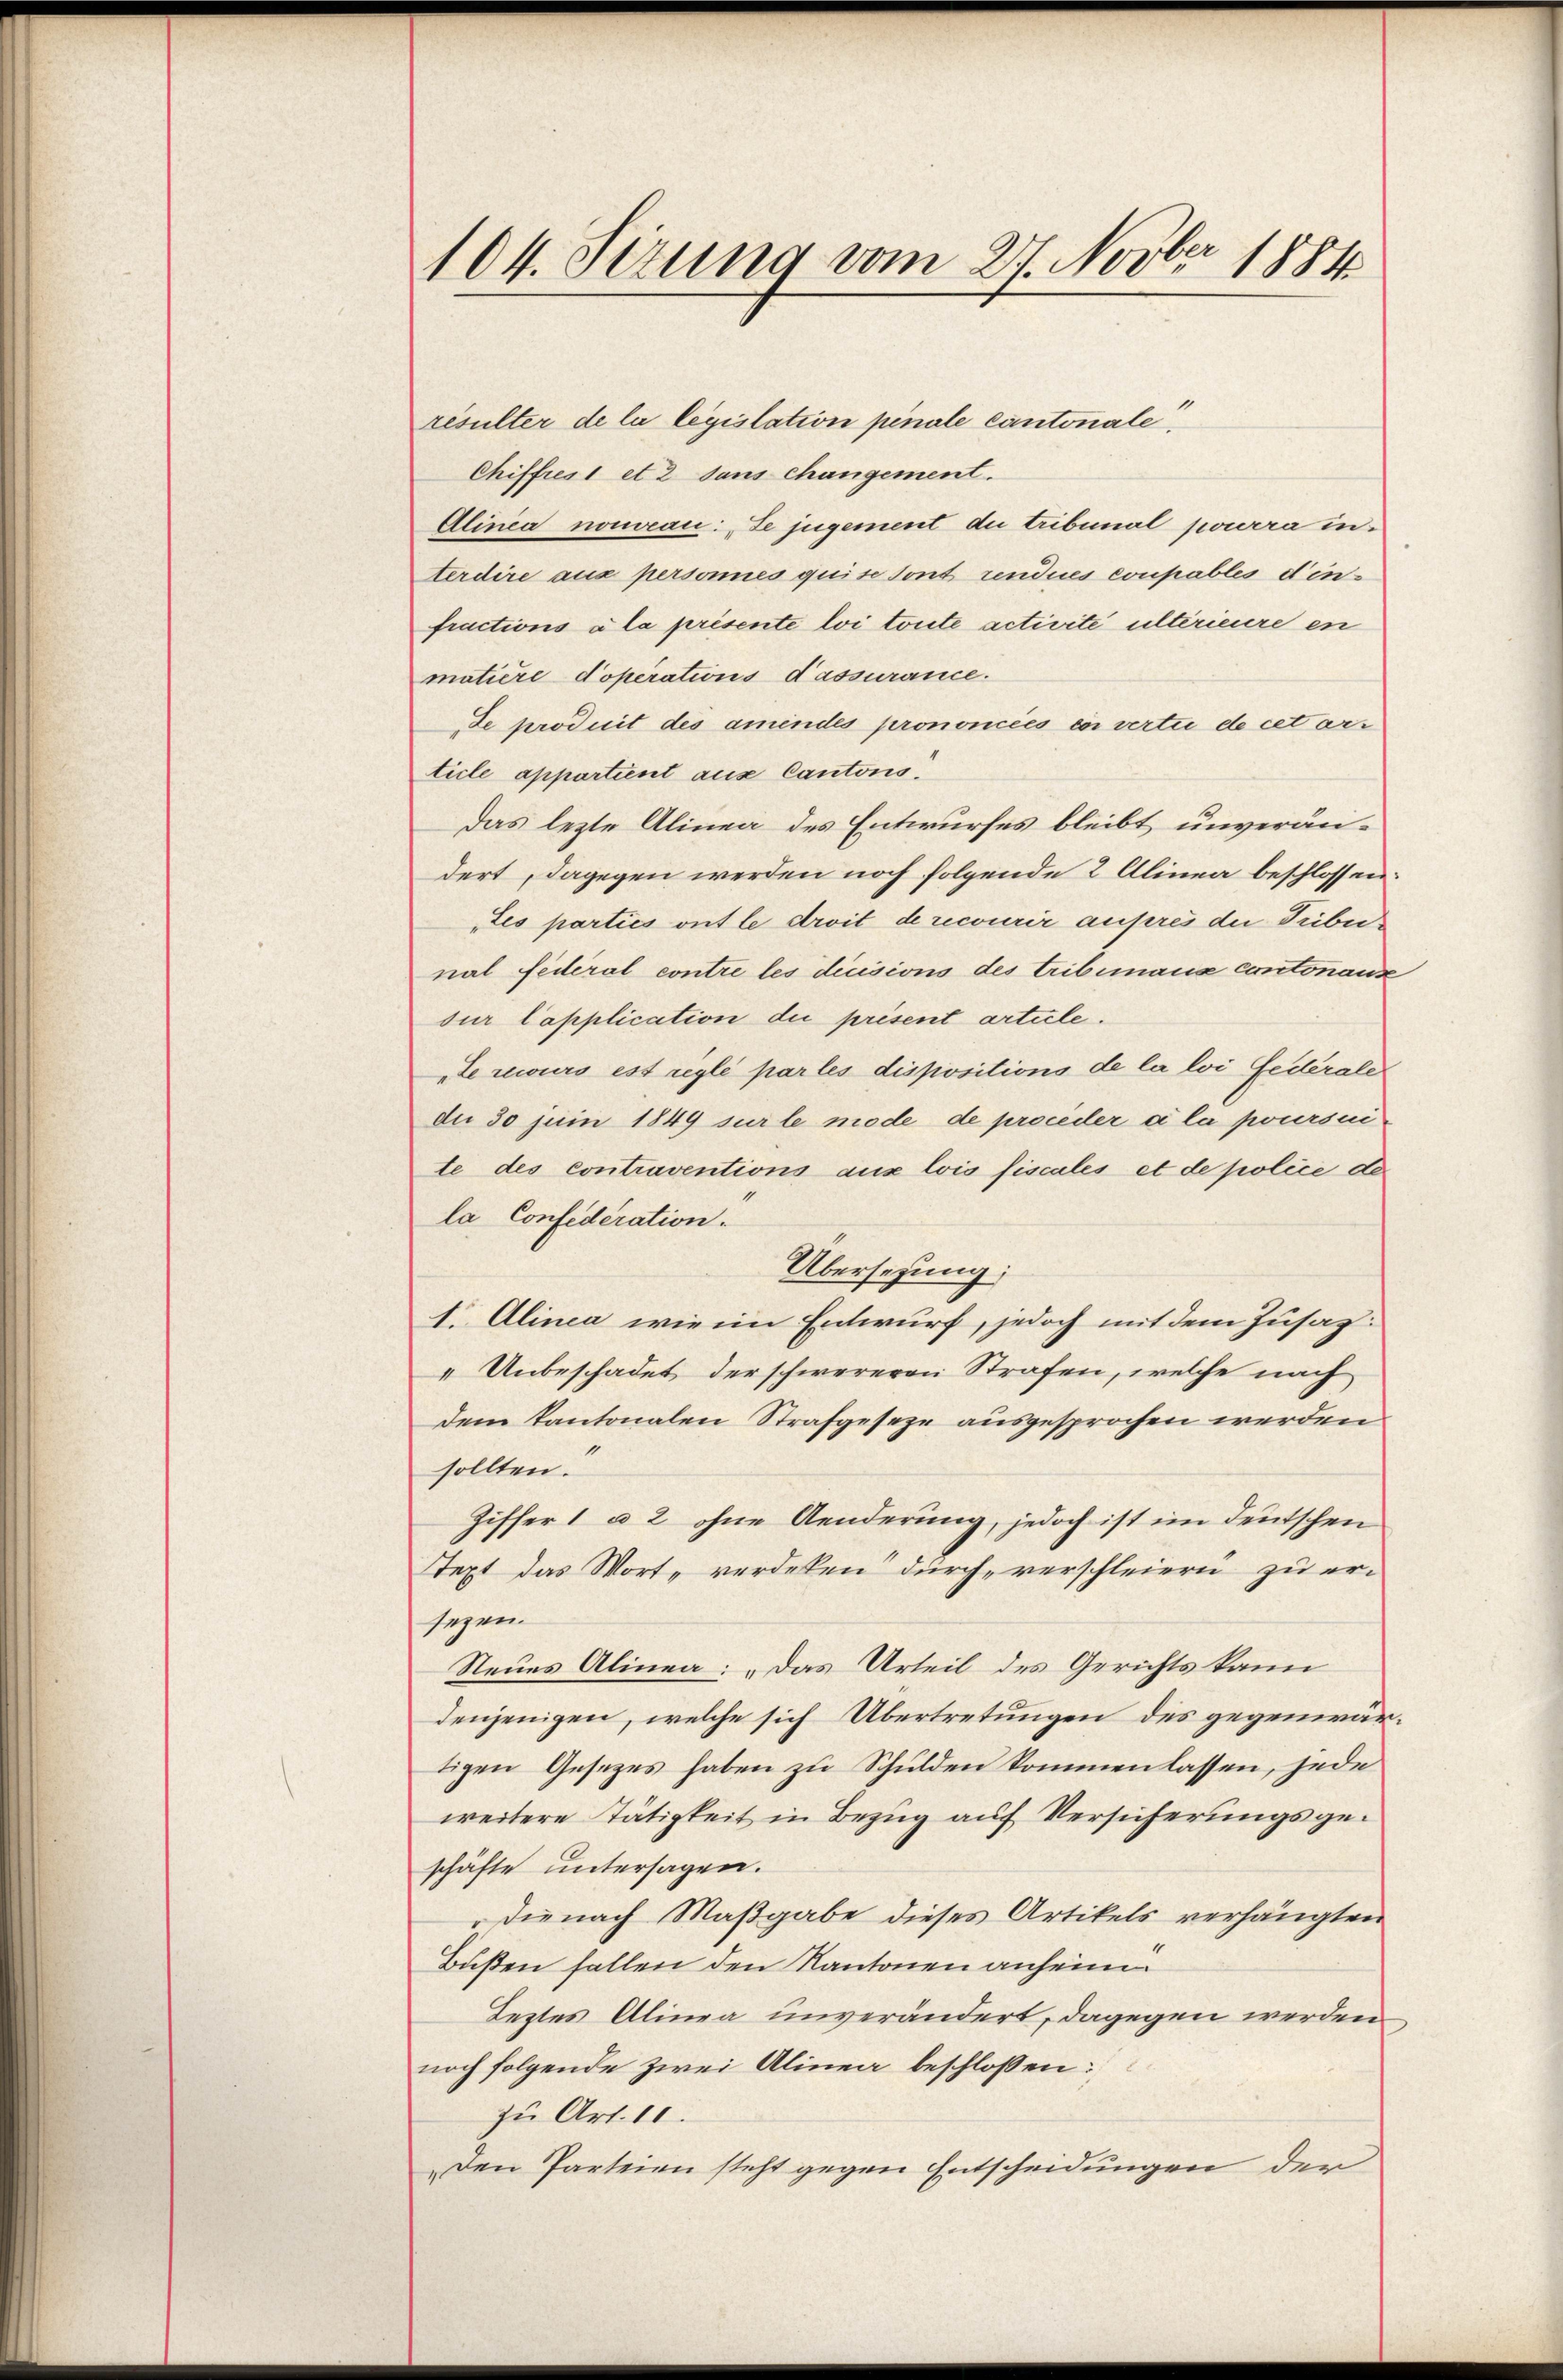
104. Sezung vom 27. Novber 1884

resulter de la legislation pinale Cantonale
Chiffres 1 et 2 dans changement.
Alinea nomean: Le jugement du tribunal pourra in
terdire aus personnes quise sont rendues coupables dinfractions à la présente loi toute activite ultérieure en
matière doperations d’assurance.
de produit des amindes prononcées in verte de cet ar
ticle appartient aus Cantons.
Das lezte Alinea des Entwurfes bleibt unverändert, dagegen werden noch folgende 2 Alinea beschlossen:
„Les parties ont le droit de recourir außeres die Tribunal Federal contre les dicisions des Tribimana contonause
dur Capplication die prisent artule.
te recours est réglé par les dispositions de la loi fédérale
du 30 juni 1849 sur le mode de proceder a la poursui
te des contraventions aux lois fiscales et de police de
la Confederation.
Übersezung;
1. Alinea wie im Entwurf, jedoch mit dem Zusat
Unbeschadet der schwereren Strafen, welche nach
dem Kantonalen Strafgeseze ausgesprochen werden
sollten.
Ziffer 1 u 2 ohne Aenderung, jedoch ist im deutschen
Text das Wort, werdeten durch verschleiern zu ersezen.
Neues Alinea: „Das Urteil des Gerichts kann
denjenigen, welche sich Übertretungen des gegenwärtigen Gesetzes haben zu Schulden kommen lassen, jede
weitere Tätigkeit in Bezug auf Versicherungsgeschäfte untersagen.
 die nach Maßgabe dieses Artikels verhängten
Bußen fallen den Kantonen anheim.
Leztes Alinea unverändert, dagegen werden
noch folgende zwei Alinea beschlossen:
zu Art. 10.
Den Parteien steht gegen Entscheidungen der